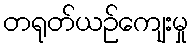
တရုတ်ယဉ်ကျေးမှု